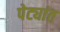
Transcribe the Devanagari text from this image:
पेट्यांत